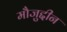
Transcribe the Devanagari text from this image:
मौजुद्दीन